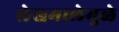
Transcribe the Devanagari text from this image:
लेखमालेमुळे